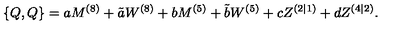
{ } \{ Q , Q \} = a M ^ { ( 8 ) } + \tilde { a } W ^ { ( 8 ) } + b M ^ { ( 5 ) } + \tilde { b } W ^ { ( 5 ) } + c Z ^ { ( 2 | 1 ) } + d Z ^ { ( 4 | 2 ) } .